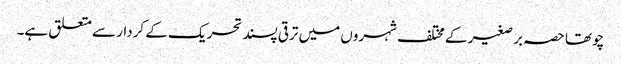
چوتھا حصہ بر صغیر کے مختلف شہروں میں ترقی پسند تحریک کے کردار سے متعلق ہے۔